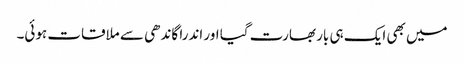
میں بھی ایک ہی بار بھارت گیا اور اندرا گاندھی سے ملاقات ہوئی۔